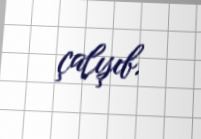
çalışıb.